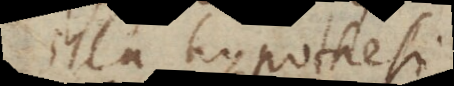
illa hypothesi